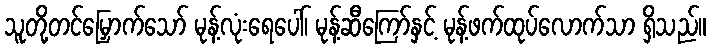
သူတို့တင်မြှောက်သော် မုန့်လုံးရေပေါ်၊ မုန့်ဆီကြော်နှင့် မုန့်ဖက်ထုပ်လောက်သာ ရှိသည်။